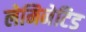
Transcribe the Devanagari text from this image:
लेमिनेटिड